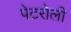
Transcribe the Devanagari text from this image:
पेटरोली